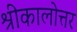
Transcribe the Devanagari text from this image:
श्रीकालोत्तर